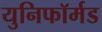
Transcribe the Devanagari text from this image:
युनिफॉर्मड